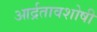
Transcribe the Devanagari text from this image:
आर्द्रतावशोषी